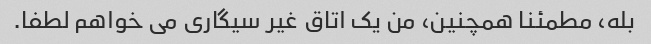
بله، مطمئنا همچنین، من یک اتاق غیر سیگاری می خواهم لطفا.